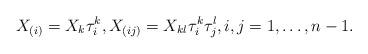
LaTeX: \begin{align*}X_{(i)}=X_k\tau ^k_i,X_{(ij)}=X_{kl}\tau ^k_i\tau ^l_j,i,j=1,\dots ,n-1. \end{align*}